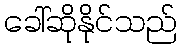
ခေါ်ဆိုနိုင်သည်